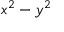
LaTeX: x ^ { 2 } - y ^ { 2 }